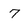
Character: 7